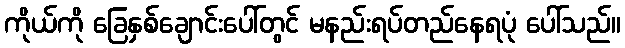
ကိုယ်ကို ခြေနှစ်ချောင်းပေါ်တွင် မနည်းရပ်တည်နေရပုံ ပေါ်သည်။